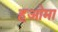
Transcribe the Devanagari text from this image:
हओमा